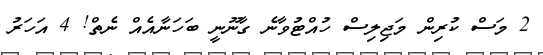
2 މަސް ކުރިން މަޖިލިސް ހުއްޓުވާނެ ގާނޫނީ ބަހަނާއެއް ނެތް! 4 އަހަރު